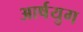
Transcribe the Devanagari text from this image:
आर्षयुग